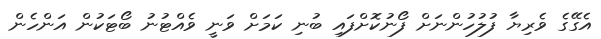
އެގޭގެ ވެރިޔާ ފުލުހުންނަށް ފޯނުކޮށްފައި ބުނި ކަމަށް ވަނީ ވެއްޓުނު ބޯޓަކުން އަންހެން